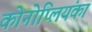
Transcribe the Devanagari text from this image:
कोनोप्लियंका